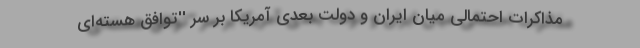
مذاکرات احتمالی میان ایران و دولت بعدی آمریکا بر سر ''توافق هسته‌ای